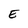
Character: E